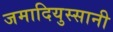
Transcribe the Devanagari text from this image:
जमादियुस्सानी